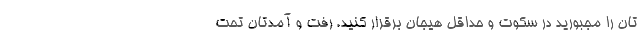
تان را مجبورید در سکوت و حداقل هیجان برقرار کنید. رفت و آمدتان تحت